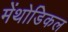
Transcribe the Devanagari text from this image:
मेंथोडिकल